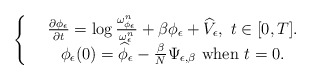
\begin{align*} \left \{\begin{array}{ccr} & \frac{\partial \phi_{\epsilon}}{\partial t}=\log\frac{\omega^n_{\phi_{\epsilon}}}{\omega^n_{\epsilon}}+\beta\phi_{\epsilon}+\widehat{V}_{\epsilon},\ t\in[0,T]. \\ & \phi_{\epsilon}(0)= \widehat{\phi}_{\epsilon}-\frac{\beta}{N}\Psi_{\epsilon,\beta} \ \textrm{when} \ t=0.\\\end{array} \right.\end{align*}